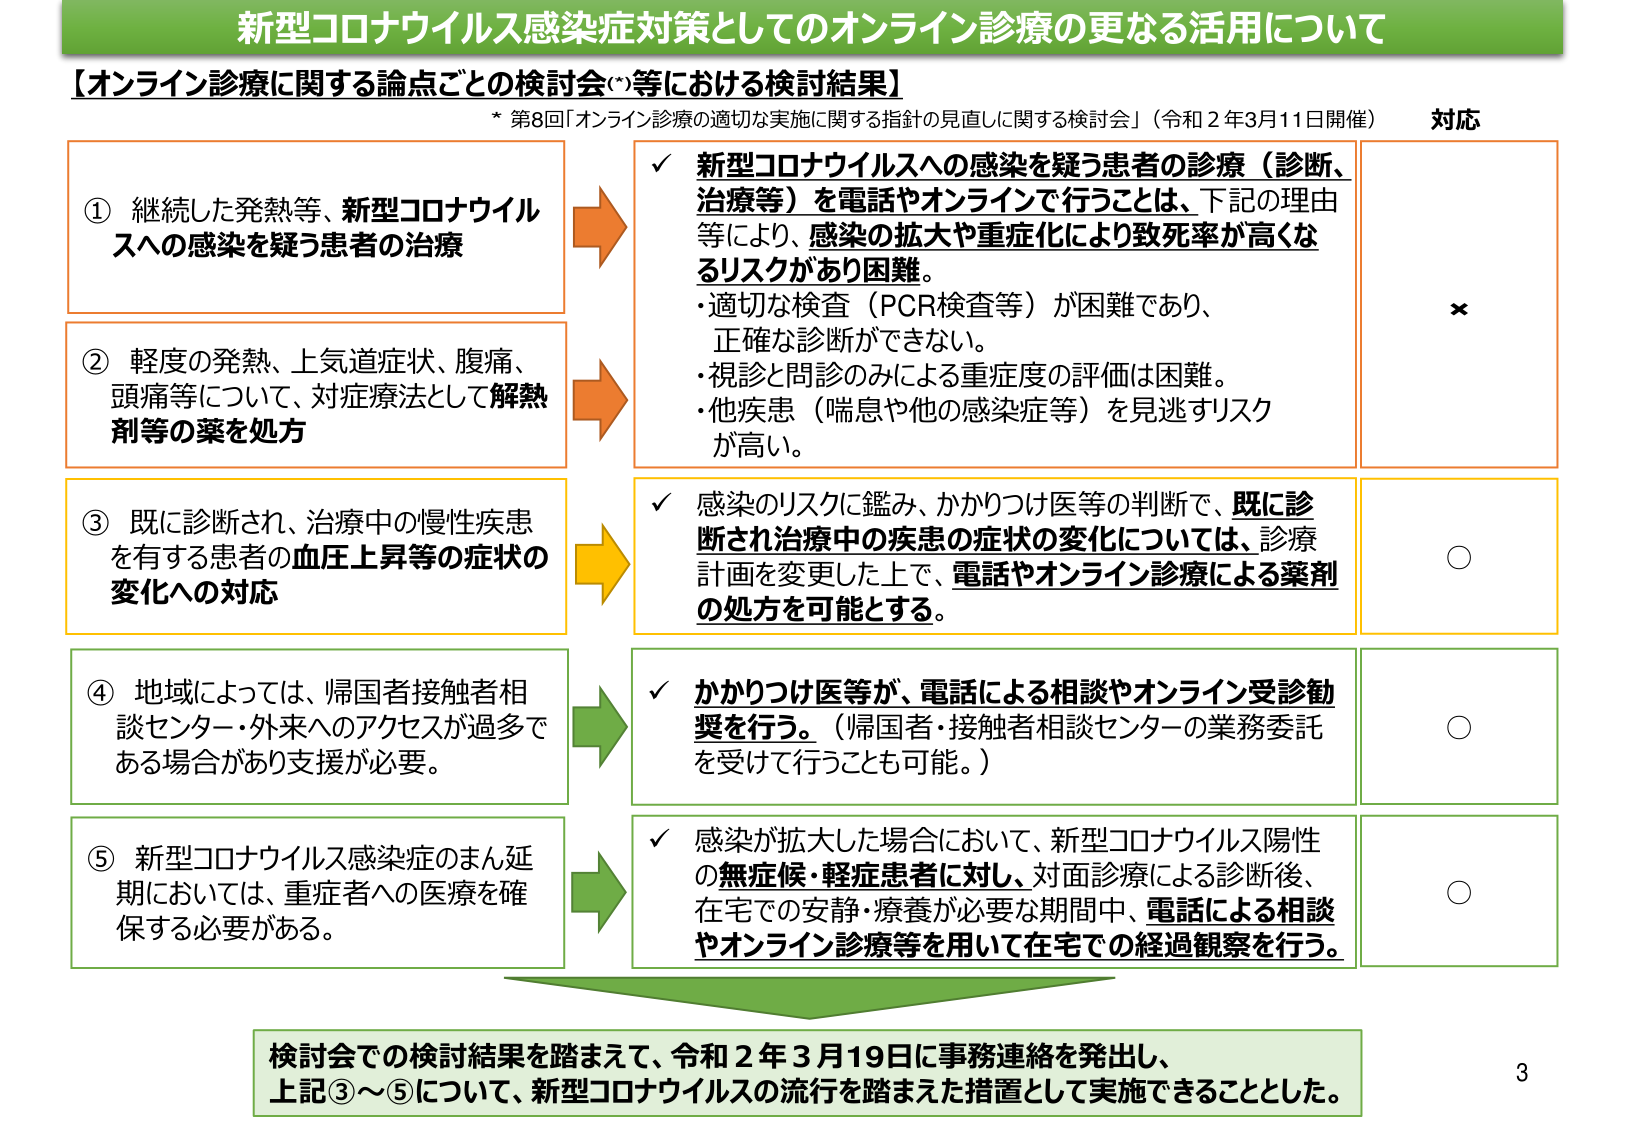
新型コロナウイルス感染症対策としてのオンライン診療の更なる活用について
【オンライン診療に関する論点ごとの検討会(*)等における検討結果】
* 第8回「オンライン診療の適切な実施に関する指針の見直しに関する検討会」（令和2年3月11日開催）

① 継続した発熱等、新型コロナウイルスへの感染を疑う患者の治療
→
✓ 新型コロナウイルスへの感染を疑う患者の診療（診断、治療等）を電話やオンラインで行うことは、下記の理由等により、感染の拡大や重症化により致死率が高くなるリスクがあり困難。
・適切な検査（PCR検査等）が困難であり、正確な診断ができない。
・視診と問診のみによる重症度の評価は困難。
・他疾患（喘息や他の感染症等）を見逃すリスクが高い。
対応：×

② 軽度の発熱、上気道症状、腹痛、頭痛等について、対症療法として解熱剤等の薬を処方
→
✓ 新型コロナウイルスへの感染を疑う患者の診療（診断、治療等）を電話やオンラインで行うことは、下記の理由等により、感染の拡大や重症化により致死率が高くなるリスクがあり困難。
・適切な検査（PCR検査等）が困難であり、正確な診断ができない。
・視診と問診のみによる重症度の評価は困難。
・他疾患（喘息や他の感染症等）を見逃すリスクが高い。
対応：×

③ 既に診断され、治療中の慢性疾患を有する患者の血圧上昇等の症状の変化への対応
→
✓ 感染のリスクに鑑み、かかりつけ医等の判断で、既に診断され治療中の疾患の症状の変化については、診療計画を変更した上で、電話やオンライン診療による薬剤の処方を可能とする。
対応：○

④ 地域によっては、帰国者接触者相談センター・外来へのアクセスが過多である場合があり支援が必要。
→
✓ かかりつけ医等が、電話による相談やオンライン受診勧奨を行う。（帰国者・接触者相談センターの業務委託を受けて行うことも可能。）
対応：○

⑤ 新型コロナウイルス感染症のまん延期においては、重症者への医療を確保する必要がある。
→
✓ 感染が拡大した場合において、新型コロナウイルス陽性の無症候・軽症患者に対し、対面診療による診断後、在宅での安静・療養が必要な期間中、電話による相談やオンライン診療等を用いて在宅での経過観察を行う。
対応：○

検討会での検討結果を踏まえて、令和2年3月19日に事務連絡を発出し、
上記③～⑤について、新型コロナウイルスの流行を踏まえた措置として実施できることとした。

3